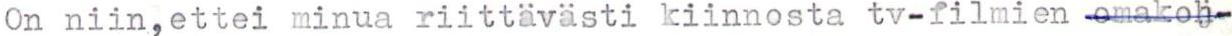
On niin,ettei minua riittävästi kiinnosta tv-filmien omakoh-